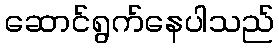
ဆောင်ရွက်နေပါသည်